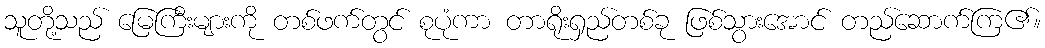
သူတို့သည် မြေကြီးများကို တစ်ဖက်တွင် စုပုံကာ တာရိုးရှည်တစ်ခု ဖြစ်သွားအောင် တည်ဆောက်ကြ၏။